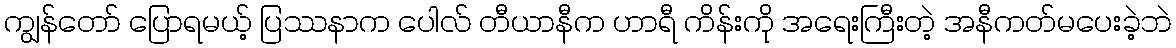
ကျွန်တော် ပြောရမယ့် ပြဿနာက ပေါလ် တီယာနီက ဟာရီ ကိန်းကို အရေးကြီးတဲ့ အနီကတ်မပေးခဲ့ဘဲ